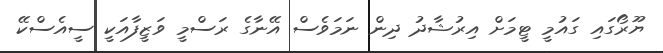
ޔޫރޯގައި ގައުމީ ޓީމަށް އިރުޝާދު ދިން ނަމަވެސް އޭނާގެ ރަސްމީ ވަޒީފާއަކީ ސީއެސްކޭ